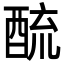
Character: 酼